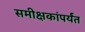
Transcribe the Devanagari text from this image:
समीक्षकांपर्यंत